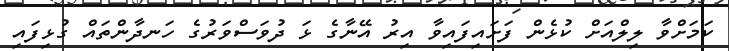
ކަމަށްވާ ލިލްއަށް ކުޅެން ފަށައިފައިވާ އިރު އޭނާގެ ޅަ ދުވަސްވަރުގެ ހަނދާންތައް ގުޅިފައި